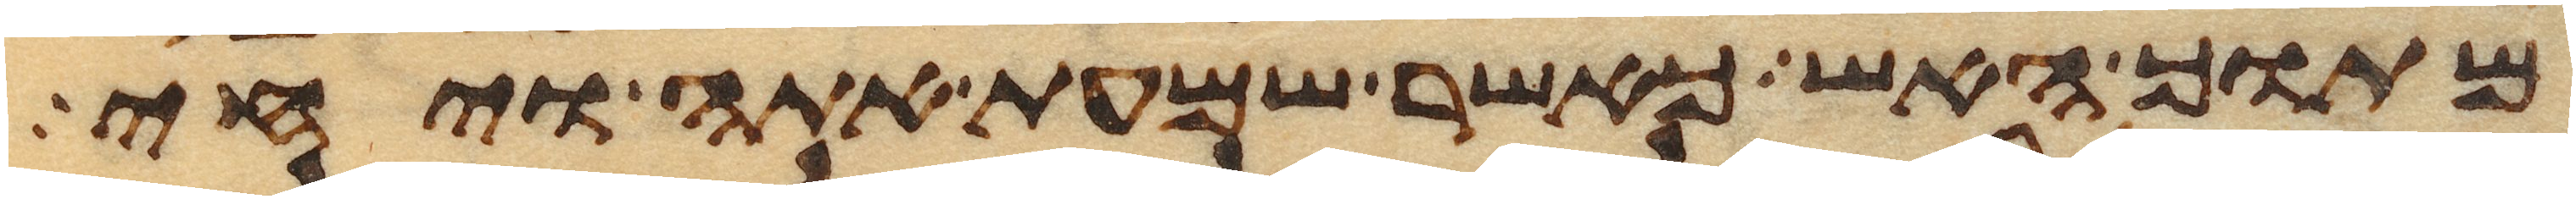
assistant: מתוך האש כאשר שמעת אתה ויחי